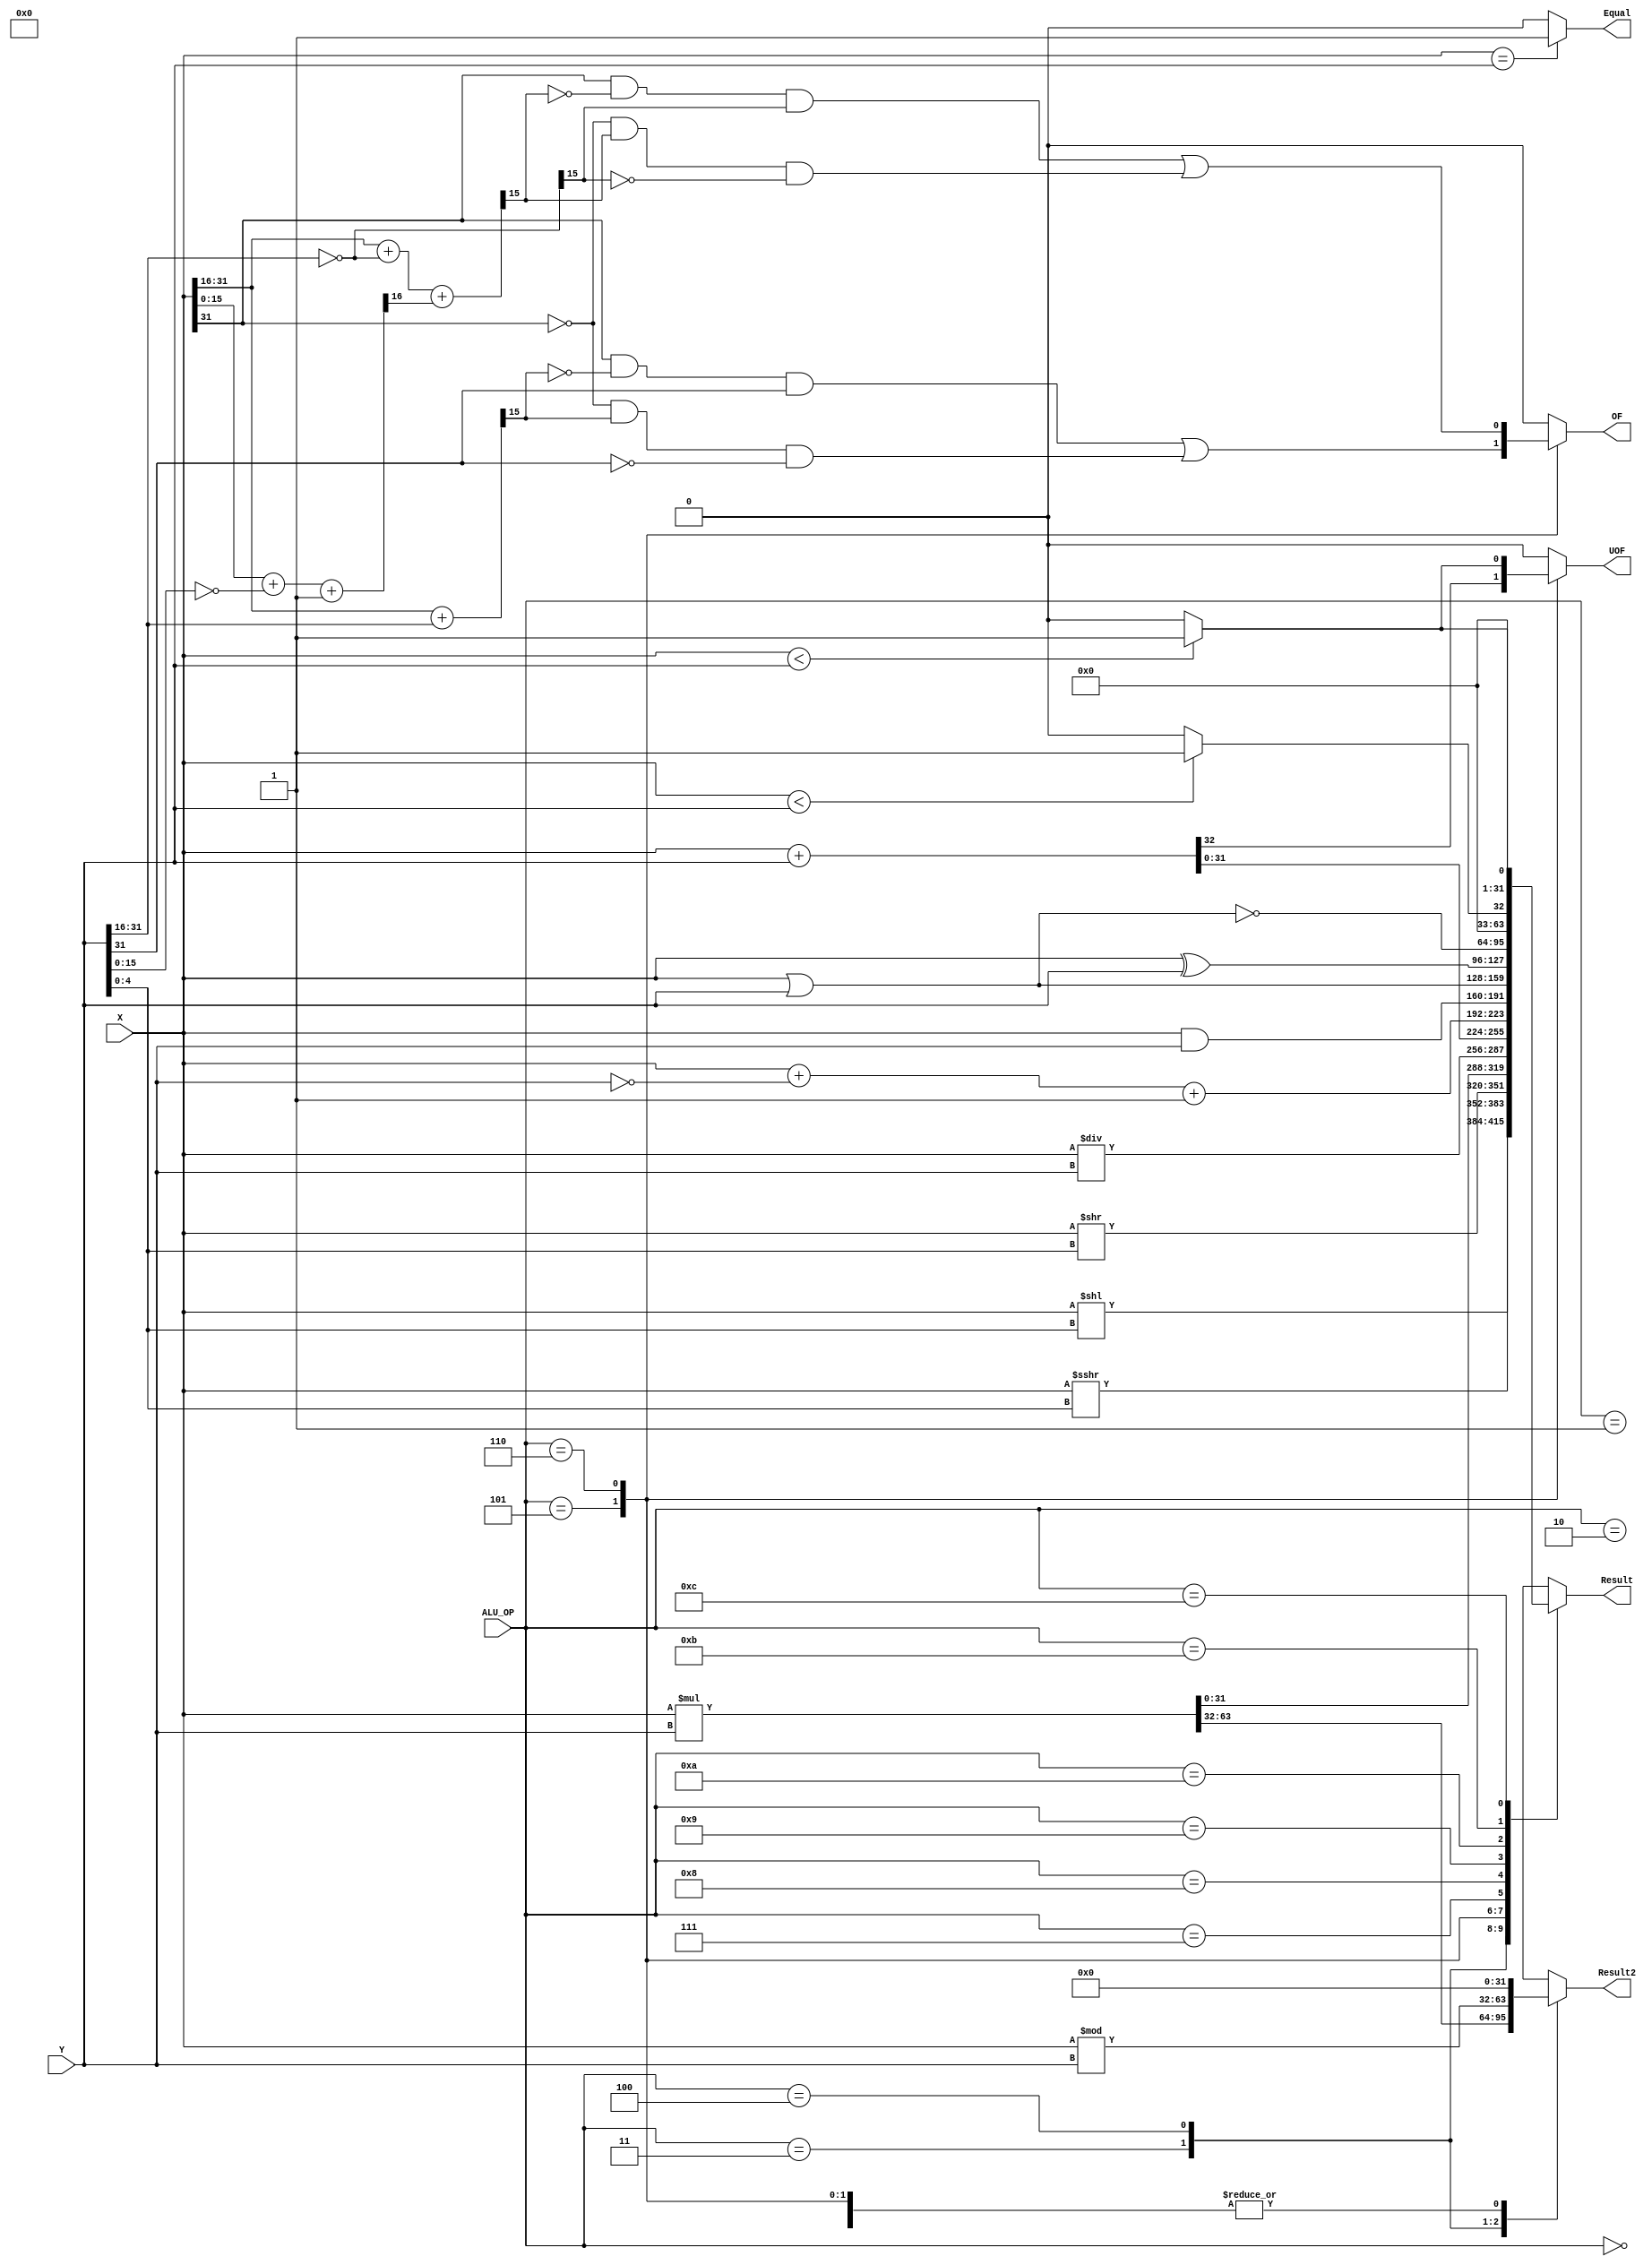
`timescale 1ns / 100ps
//////////////////////////////////////////////////////////////////////////////////
// Company: 
// Engineer: 
// 
// Design Name: 
// Module Name: RISC_ALU
// Project Name: 
// Target Devices: 
// Tool Versions: 
// Description: 
// 
// Dependencies: 
// 
// Revision:
// Revision 0.01 - File Created
// Additional Comments:
// 
//////////////////////////////////////////////////////////////////////////////////


module RISC_ALU( X, Y, ALU_OP, Result, Result2, OF, UOF, Equal);
input  [31:0] X;
input  [31:0] Y;
input  [ 3:0] ALU_OP; 
output [31:0] Result;  reg [31:0] Result;
output [31:0] Result2; reg [31:0] Result2;
output OF;  reg OF;
output UOF; reg UOF;
output Equal; reg Equal;


`define Zdelay 1.2
`define ALUdelay 3.5
reg [63:0]para1, para2;
reg [15:0]X0, Y0, X1, Y1, S0, S1;
reg p1, p2;
reg C;
always @(*)
begin
    OF = 0;
    UOF = 0;
    Equal = (X == Y)?1:0;
    case(ALU_OP)
        4'b0000: begin
            Result = X<<(Y[4:0]);  Result2 = 0; 
        end
        4'b0001: begin
            Result = $signed(X)>>>(Y[4:0]); Result2 = 0; //SuanShu
        end
        4'b0010: begin
            Result = X>>(Y[4:0]);  Result2 = 0; //LuoJi
        end
        4'b0011: begin
            para1 =(X * Y);
            Result = para1[31:0]; Result2 = para1[63:32];
        end
        4'b0100: begin
            Result = X / Y;        Result2 = X % Y;
        end
        4'b0101: begin
            {C, Result} = X + Y; Result2 = 0;
            X0 = X[15:0]; X1 = X[31:16];
            Y0 = Y[15:0]; Y1 = Y[31:16];
            S0 = X0 + Y0; S1 = X1 + Y1; 
            OF =((X1[15])
                &(~(S1[15]))
                &(Y1[15]))
                |
                ((~(X1[15]))
                &(S1[15])
                &(~(Y1[15])));
            UOF = C;
        end
        4'b0110: begin
            Result = X + ~Y + 1;        Result2 = 0;
            X0 = X[15:0]; X1 = X[31:16];
            Y0 = ~Y[15:0]; Y1 = ~Y[31:16];
            {C, S0} = X0 + Y0 + 1; S1 = X1 + Y1 + C; 
            OF =((X1[15])
                &(~(S1[15]))
                &(Y1[15]))
                |
                ((~(X1[15]))
                &(S1[15])
                &(~(Y1[15])));
            UOF = ($unsigned(X) < $unsigned(Y)) ? 1 : 0;
        end
        4'b0111: begin
            Result = X & Y;        Result2 = 0;
        end
        4'b1000: begin
            Result = X | Y;        Result2 = 0;
        end
        4'b1001: begin
            Result = X ^ Y;        Result2 = 0;
        end
        4'b1010: begin
            Result =~(X | Y);      Result2 = 0;
        end
        4'b1011: begin
            Result = ($signed(X) < $signed(Y)) ? 1 : 0; Result2 = 0;
        end
        4'b1100: begin
            Result = ($unsigned(X) < $unsigned(Y)) ? 1 : 0;  Result2 = 0;
        end
        default: begin
        $display("Unknown ALU_OP");
        Result = 8'bXXXXXXX; Result2 = 8'bXXXXXXX;
        end
    endcase
end
endmodule